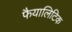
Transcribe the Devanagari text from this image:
फैयालिटिक